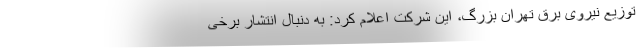
توزیع نیروی برق تهران بزرگ، این شرکت اعلام کرد: به دنبال انتشار برخی